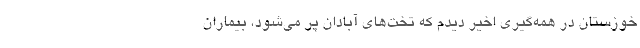
خوزستان در همه‌گیری اخیر دیدم که تخت‌های آبادان پر می‌شود، بیماران